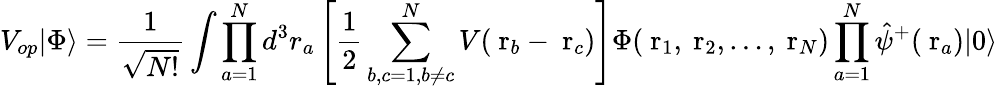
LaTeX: V_{op}|\Phi\rangle=\frac{1}{\sqrt{N!}}\int\prod_{a=1}^{N}d^{3}r_{a}\left[\frac{1}{2}\sum_{b,c=1,b\ne c}^{N}V(\mathrm{\mathbf~r}_{b}-\mathrm{\mathbf~r}_{c})\right]\Phi(\mathrm{\mathbf~r}_{1},\mathrm{\mathbf~r}_{2},\dots,\mathrm{\mathbf~r}_{N})\prod_{a=1}^{N}\hat{\psi}^{+}(\mathrm{\mathbf~r}_{a})|0\rangle